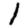
Digit: 1